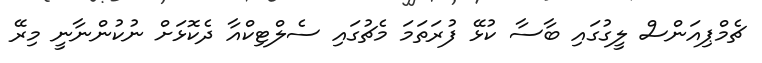
ޗެމްޕިއަންސް ލީގުގައި ބާސާ ކުޅޭ ފުރަތަމަ މެޗުގައި ސެލްޓިކްއާ ދެކޮޅަށް ނުކުންނާނީ މިރޭ